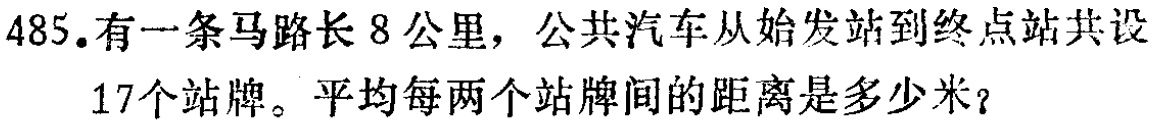
485.有一条马路长8公里，公共汽车从始发站到终点站共设

17个站牌。平均每两个站牌间的距离是多少米？